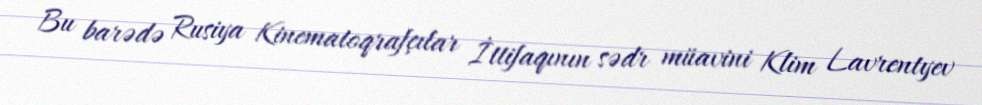
Bu barədə Rusiya Kinematoqrafçılar İttifaqının sədr müavini Klim Lavrentyev